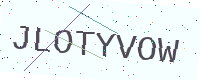
Text: JLOTYVOW